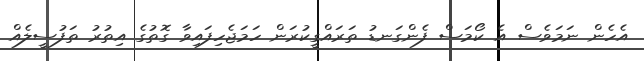
އެހެން ނަމަވެސް އެ ކޯމަސް ފެންގަނޑު ތަރައްގީކުރަން ހަމަޖެހިފައިވާ ގޮތުގެ އިތުރު ތަފުސީލެއް